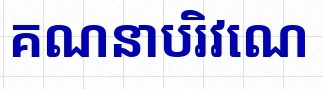
គណនាបរិវេណ